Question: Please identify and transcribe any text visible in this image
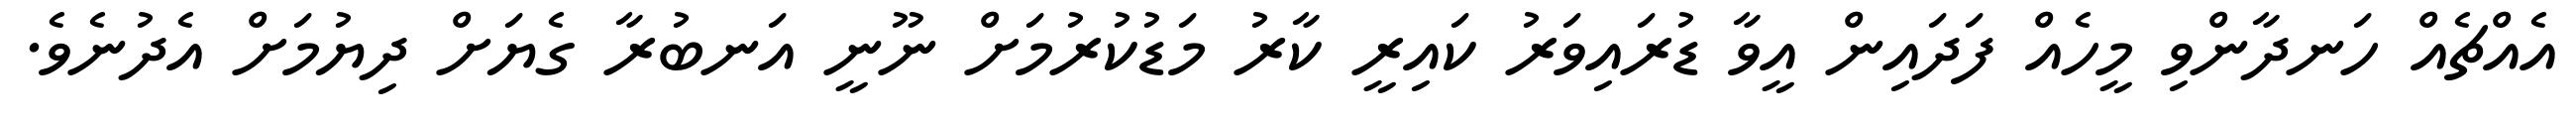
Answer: އެއްޗެއް ހަނދާންވި މީހެއް ފަދައިން އީވާ ޑުރައިވަރު ކައިރީ ކާރު މަޑުކުރުމަށް ނޫނީ އަނބުރާ ގެޔަށް ދިޔުމަށް އެދުނެވެ.